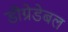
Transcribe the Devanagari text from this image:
डीग्रेडेबल